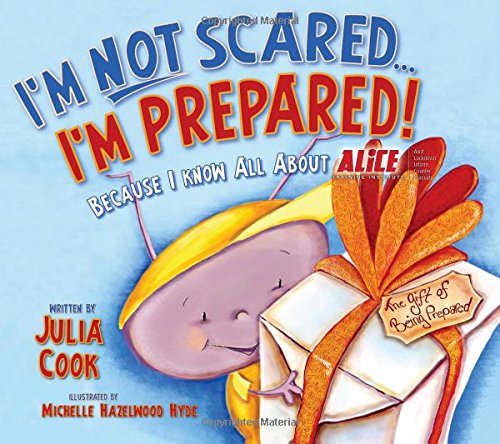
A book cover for I'm Not Scared... I'm Prepared!; Julia Cook; Education & Teaching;